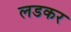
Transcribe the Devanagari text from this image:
लडकर